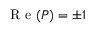
\mathrm { ~ R ~ e ~ } ( P ) = \pm 1